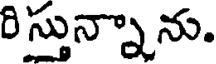
రి స్తున్నాను.